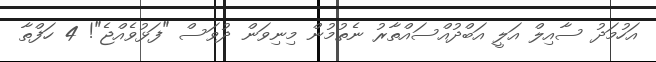
އަހުމަދު ސާއިލް އަލީ އަބްދުއްސައްތާރު ނެތުމުން މިނިވަން ދުވަސް "ފަޅުވެއްޖެ"! 4 ހަފްތާ